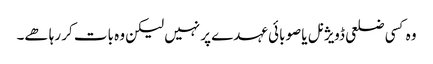
وہ کسی ضلعی ڈویژنل یا صوبائی عہدے پر نہیں لیکن وہ بات کر رہا ھے۔